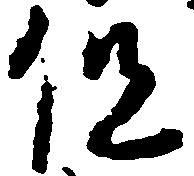
但